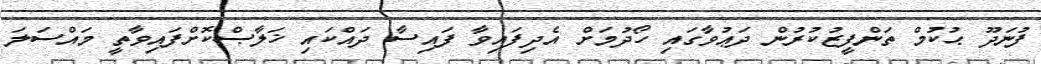
ފުނަދޫ ޙުކުމް ތަންފީޒުކުރުން ދަޢުވާގައި ހޯދުމަށް އެދިފައިވާ ފައިސާ ދައްކައި ޚަލާޞްކޮށްފައިވާތީ މައްސަލަ